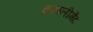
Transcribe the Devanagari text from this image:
कम्पलीमेंट